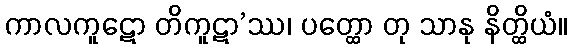
ကာလကူဋော တိကူဋာ’ဿ၊ ပတ္ထော တု သာနု နိတ္ထိယံ။